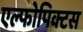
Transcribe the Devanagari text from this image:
एल्फोपिक्टस